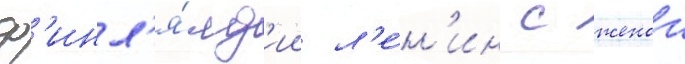
ф'инл'я́нд'ии л'е́н'ин с женои